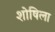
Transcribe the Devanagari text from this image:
शोषिला